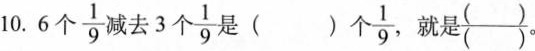
10.6个\frac{1}{9}减去3个\frac{1}{9}是( )个\frac{1}{9}，就是\frac{( )}{( )}。